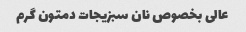
عالی بخصوص نان سبزیجات دمتون گرم